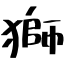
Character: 獅